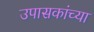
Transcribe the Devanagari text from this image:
उपासकांच्या